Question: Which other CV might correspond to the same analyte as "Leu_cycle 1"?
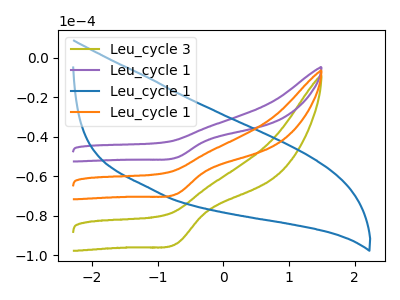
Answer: <think>The olive curve "Leu_cycle 3" has a cathodic peak at: (-0.70V, -94.05uA). The purple curve "Leu_cycle 1" has a cathodic peak at: (-0.70V, -137.90uA). The blue curve "Leu_cycle 1" has no peaks. The orange curve "Leu_cycle 1" has a cathodic peak at: (-0.70V, -68.95uA).
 All the peaks in "Leu_cycle 3" have a peak in "Leu_cycle 1" at the same potential. Every peak in "Leu_cycle 3" is lower than every peak in "Leu_cycle 1". "Leu_cycle 3" and "Leu_cycle 1" have a different number of peaks. All the peaks in "Leu_cycle 3" have a peak in "Leu_cycle 1" at the same potential. Every peak in "Leu_cycle 3" is higher than every peak in "Leu_cycle 1". "Leu_cycle 1" and "Leu_cycle 1" have a different number of peaks. All the peaks in "Leu_cycle 1" have a peak in "Leu_cycle 1" at the same potential. Every peak in "Leu_cycle 1" is higher than every peak in "Leu_cycle 1". "Leu_cycle 1" and "Leu_cycle 1" have a different number of peaks.</think>
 <answer>"Leu_cycle 1" and "Leu_cycle 1" have a similar shape to "Leu_cycle 3".</answer>
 <eval>"Leu_cycle 1" "Leu_cycle 1"</eval>